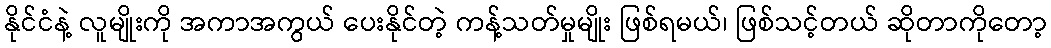
နိုင်ငံနဲ့ လူမျိုးကို အကာအကွယ် ပေးနိုင်တဲ့ ကန့်သတ်မှုမျိုး ဖြစ်ရမယ်၊ ဖြစ်သင့်တယ် ဆိုတာကိုတော့